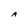
Character: A